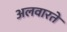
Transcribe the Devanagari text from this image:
अलवारते